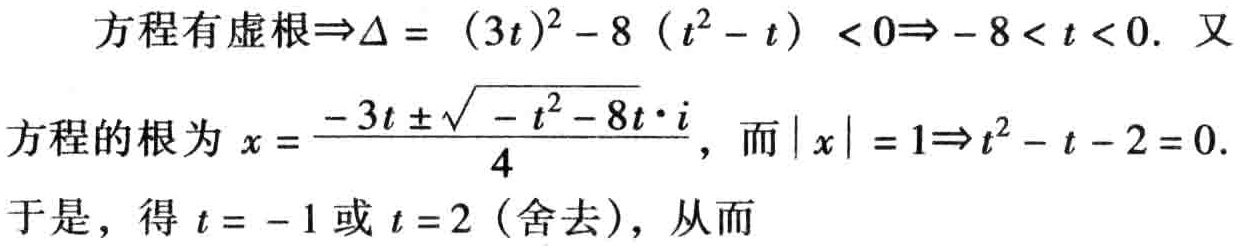
方程有虚根\(\Rightarrow\Delta = (3t)^{2} - 8 (t^{2} - t) < 0\Rightarrow - 8 < t < 0\). 又
方程的根为\(x = \frac{-3t \pm\sqrt{ - t^{2} - 8t}\cdot i}{4}\)，而\(\vert x\vert = 1\Rightarrow t^{2} - t - 2 = 0\).
于是，得\(t = -1\)或\(t = 2\)（舍去），从而